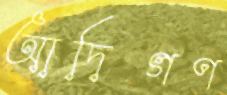
আদিগণ